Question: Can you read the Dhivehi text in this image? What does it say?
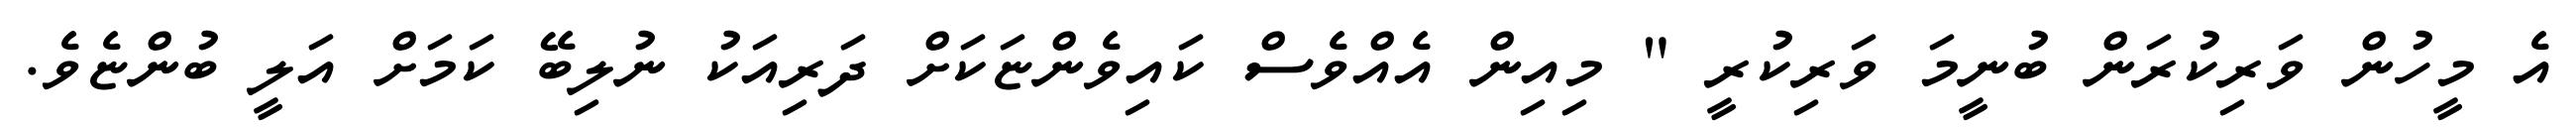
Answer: އެ މީހުން ވަރިކުރަން ބުނީމަ ވަރިކުރީ " މިއިން އެއްވެސް ކައިވެންޏަކަށް ދަރިއަކު ނުލިބޭ ކަމަށް އަލީ ބުންޏެވެ.